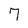
Character: 7